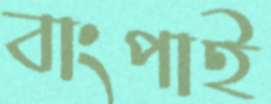
বাংপাই